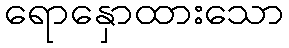
ရောနှောထားသော